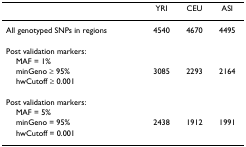
<table><thead><tr><td></td><td><b>YRI</b></td><td><b>CEU</b></td><td><b>ASI</b></td></tr></thead><tbody><tr><td>All genotyped SNPs in regions</td><td>4540</td><td>4670</td><td>4495</td></tr><tr><td>Post validation markers:</td><td></td><td></td><td></td></tr><tr><td> MAF = 1%</td><td></td><td></td><td></td></tr><tr><td> minGeno ≥ 95%</td><td>3085</td><td>2293</td><td>2164</td></tr><tr><td> hwCutoff ≥ 0.001</td><td></td><td></td><td></td></tr><tr><td>Post validation markers:</td><td></td><td></td><td></td></tr><tr><td> MAF = 5%</td><td></td><td></td><td></td></tr><tr><td> minGeno = 95%</td><td>2438</td><td>1912</td><td>1991</td></tr><tr><td> hwCutoff = 0.001</td><td></td><td></td><td></td></tr></tbody></table>